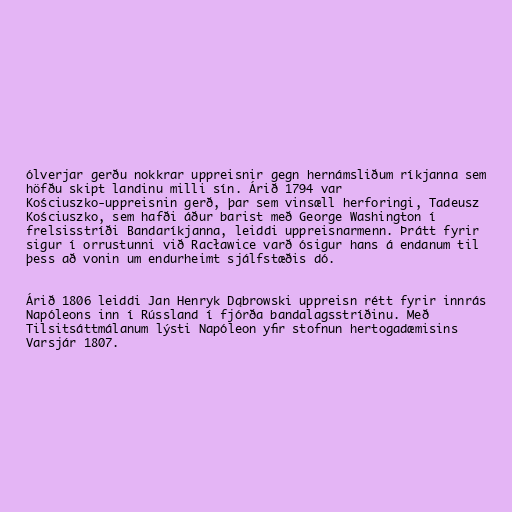
ólverjar gerðu nokkrar uppreisnir gegn hernámsliðum ríkjanna sem
höfðu skipt landinu milli sín. Árið 1794 var
Kościuszko-uppreisnin gerð, þar sem vinsæll herforingi, Tadeusz
Kościuszko, sem hafði áður barist með George Washington í
frelsisstríði Bandaríkjanna, leiddi uppreisnarmenn. Þrátt fyrir
sigur í orrustunni við Racławice varð ósigur hans á endanum til
þess að vonin um endurheimt sjálfstæðis dó.

Árið 1806 leiddi Jan Henryk Dąbrowski uppreisn rétt fyrir innrás
Napóleons inn í Rússland í fjórða bandalagsstríðinu. Með
Tilsitsáttmálanum lýsti Napóleon yfir stofnun hertogadæmisins
Varsjár 1807.